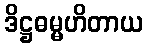
ဒိဋ္ဌဓမ္မဟိတာယ